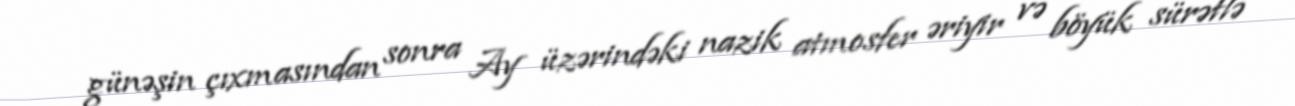
günəşin çıxmasından sonra Ay üzərindəki nazik atmosfer əriyir və böyük sürətlə